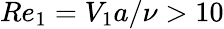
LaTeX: Re_{1}=V_{1}a/\nu>10